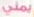
يمني